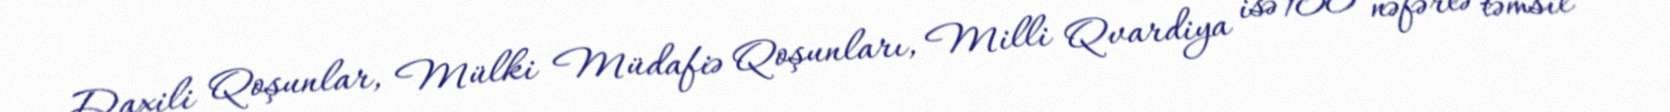
Daxili Qoşunlar, Mülki Müdafiə Qoşunları, Milli Qvardiya isə 100 nəfərlə təmsil